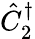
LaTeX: \hat{C}_{2}^{\dagger}